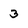
Character: 3